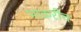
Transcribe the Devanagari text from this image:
भाकरीच